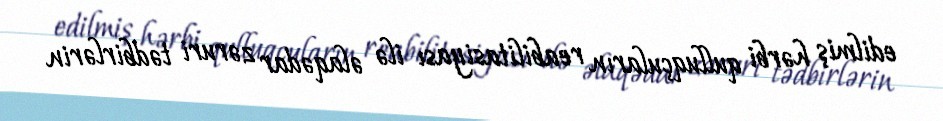
edilmiş hərbi qulluqçuların reabilitasiyası ilə əlaqədar zəruri tədbirlərin